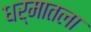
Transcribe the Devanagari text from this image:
धर्मातला